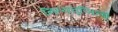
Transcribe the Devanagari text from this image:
नित्यतृप्तित्व